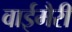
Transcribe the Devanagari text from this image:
वाईमैरी